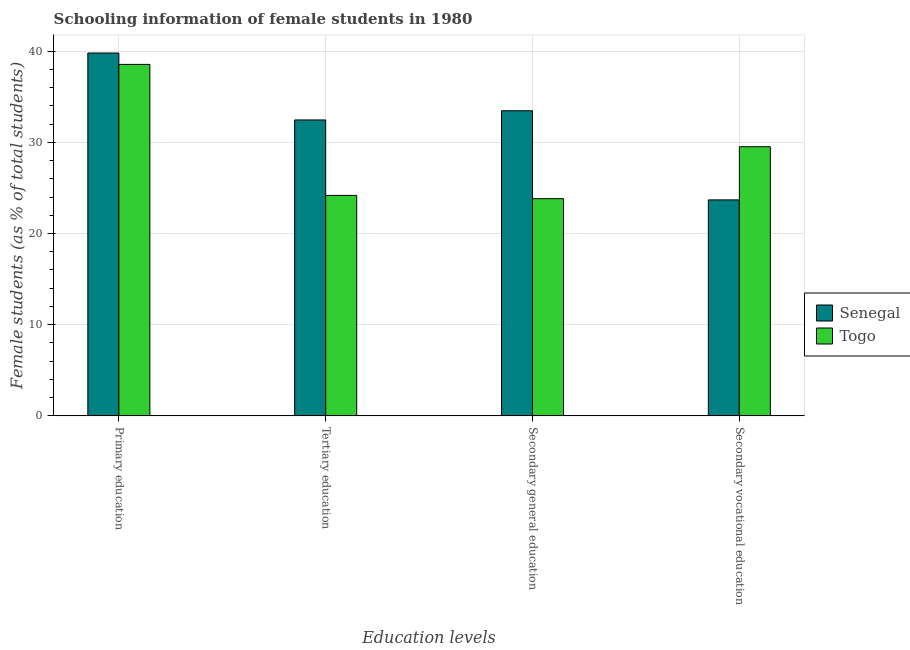
| Education levels | Senegal | Togo |
 | --- | --- | --- |
 | Primary education | 39.8 | 38.5 |
 | Tertiary education | 32.5 | 24.2 |
 | Secondary general education | 33.5 | 23.8 |
 | Secondary vocational education | 23.7 | 29.5 |